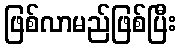
ဖြစ်လာမည်ဖြစ်ပြီး